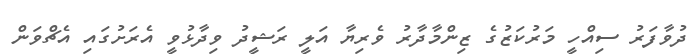
ދުވާފަރު ސިއްހީ މަރުކަޒުގެ ޒިންމާދާރު ވެރިޔާ އަލީ ރަޝީދު ވިދާޅުވީ އެރަށުގައި އެޗްވަން